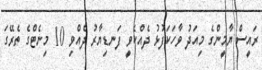
ރައީސް ޔާމީންގެ މިއަދު ވާހަކަފުޅު ދެއްކެވީ ފަނޑިޔާރު ދެއްވި 10 މިނެޓްގެ ތެރޭގަ